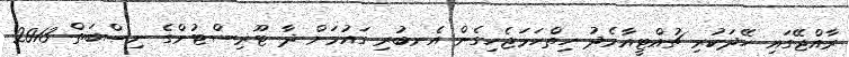
ރާއްޖޭގައި ހޭދަކުރި ޗުއްޓީއާމެދު ހިތްހަމަޖެހިގެން އެނބުރި ގައުމަށް ދާ ޓޫރިސްޓުންގެ ނިސްބަތް 2013